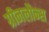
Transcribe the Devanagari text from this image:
ग्रीनलौन्स